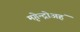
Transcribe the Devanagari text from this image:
मृगेन्द्रोअहं